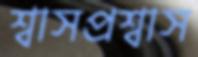
শ্বাসপ্রশ্বাস